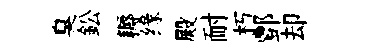
臭鈆耨缘殿耐朽酆却